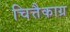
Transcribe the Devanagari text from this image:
चित्तैकाग्र